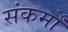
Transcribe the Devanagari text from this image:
संकर्मों